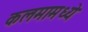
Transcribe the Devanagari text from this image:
कलमामध्ये